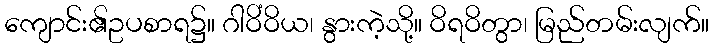
ကျောင်း၏ဥပစာရ၌။ ဂါဝိံဝိယ၊ နွားကဲ့သို့။ ဝိရဝိတွာ၊ မြည်တမ်းလျက်။